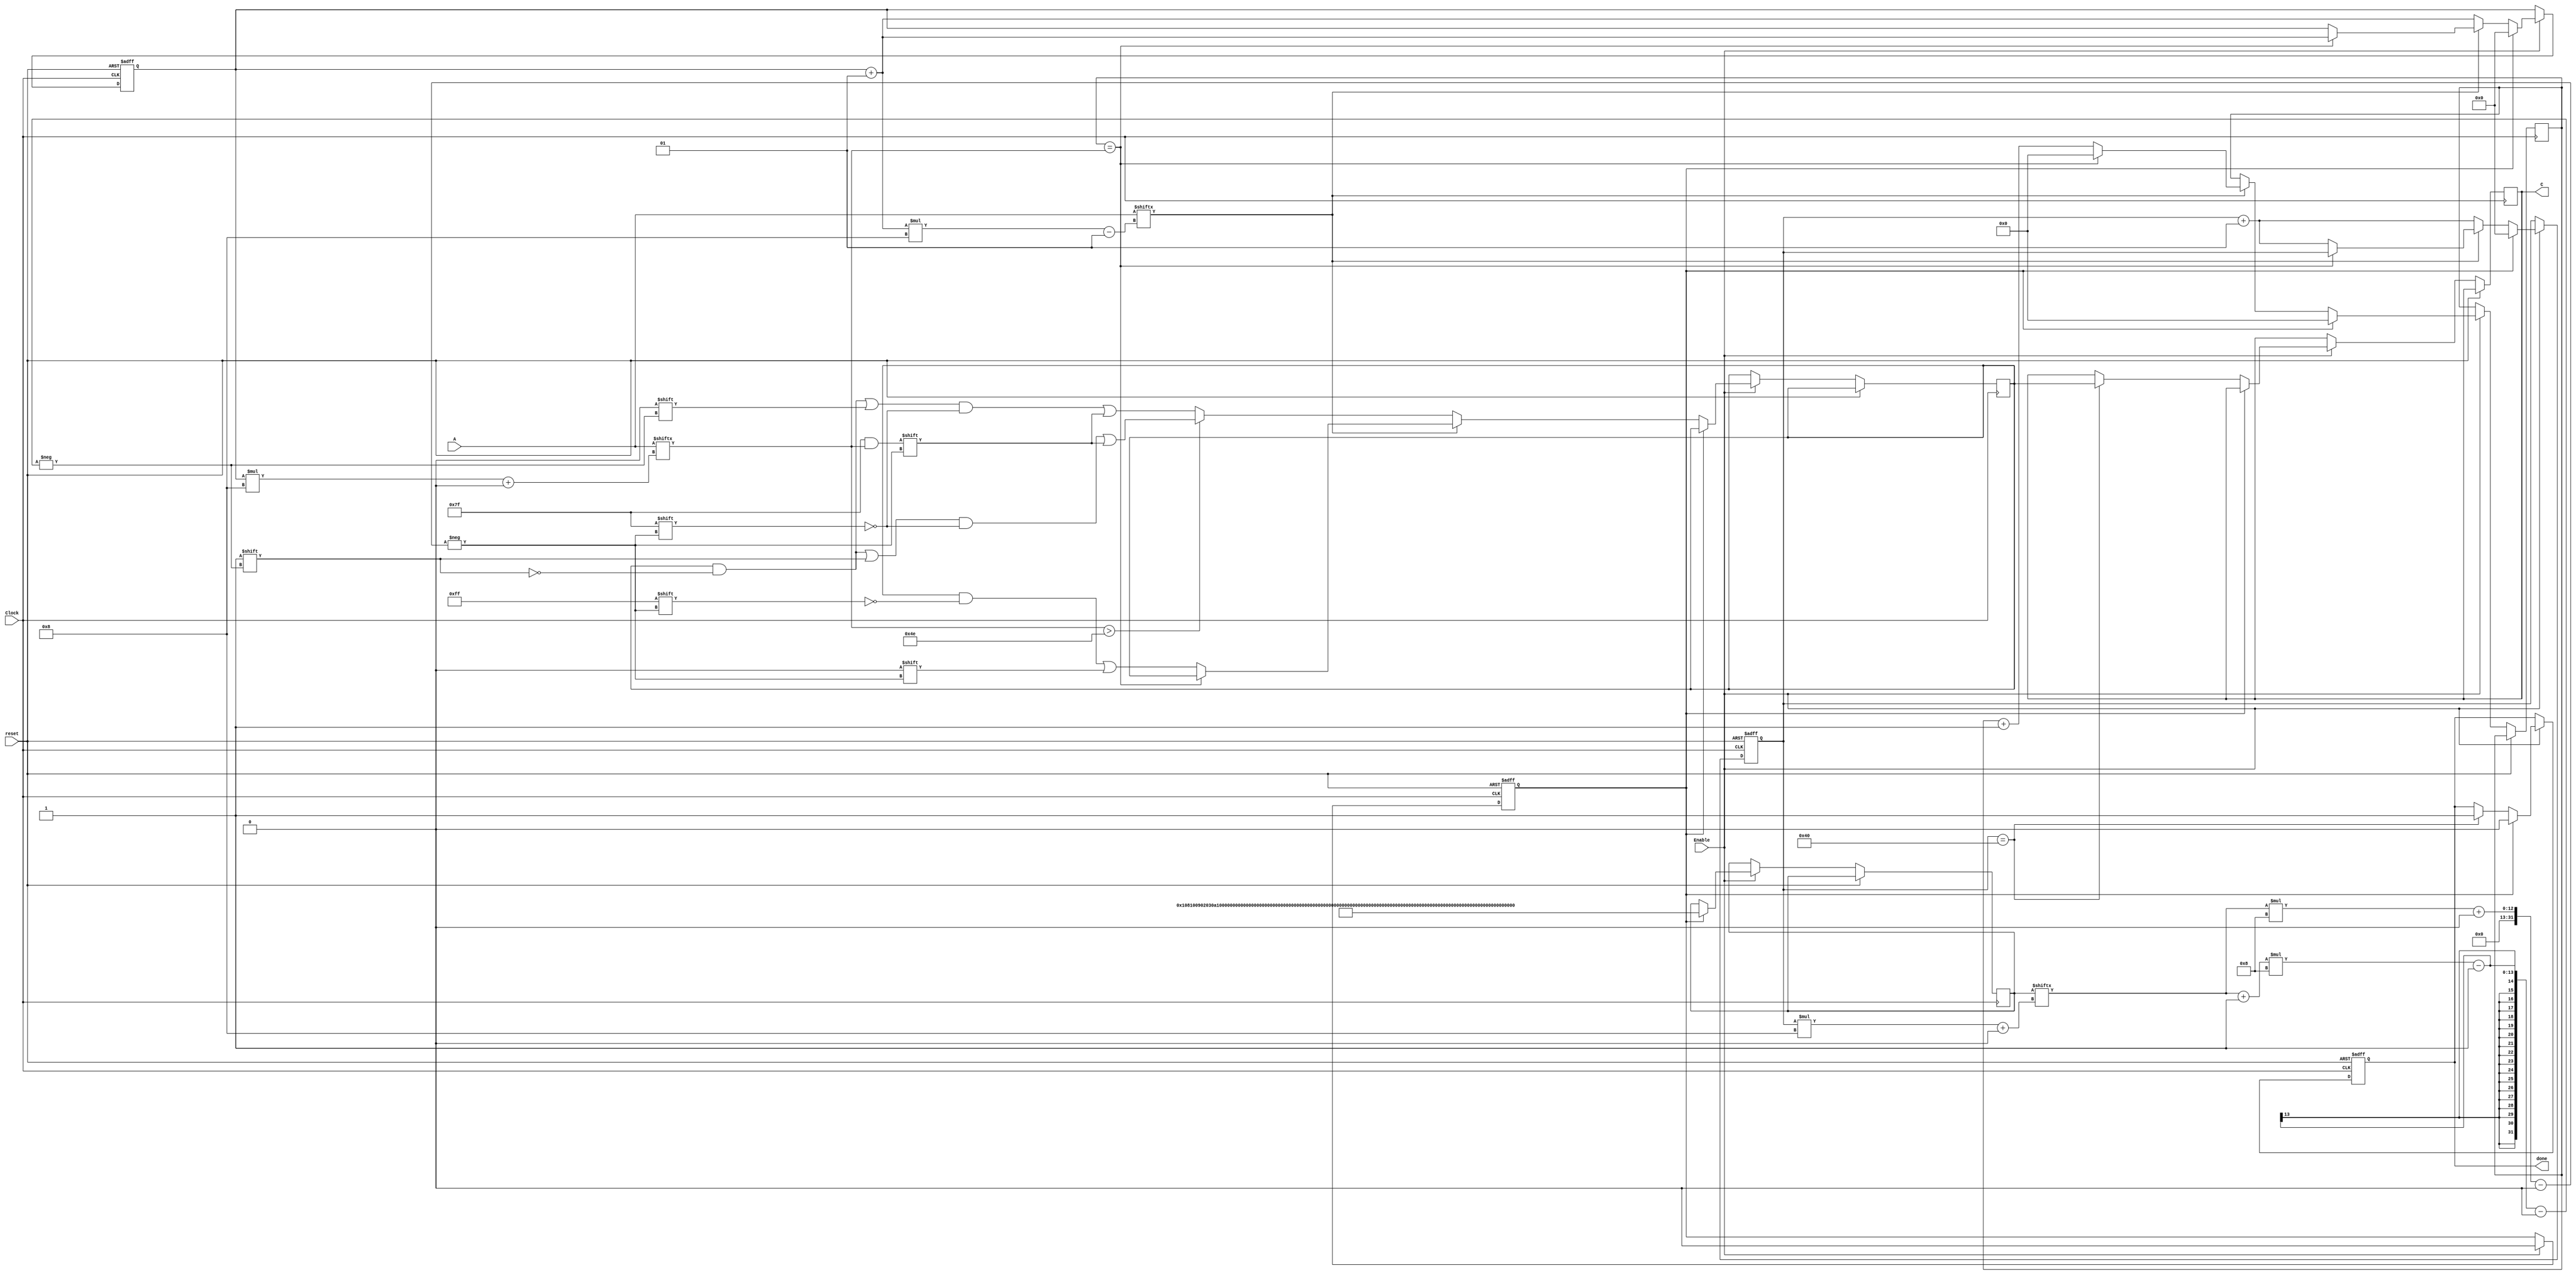
module decoding(input Clock,
        input reset, //active high reset
        input Enable,
        input [511:0] A, //Input matrix in 1D form 
        output reg [511:0] C, //Output decoded string
        output reg done //To state the testbench that output is ready
        );
reg [511:0] D;
integer i,j,count1,count2;
reg [511:0] B;
reg [6:0] r; 
reg [6:0] loop; 
reg first_cycle; 
always @(posedge Clock or posedge reset)
begin
    if(reset == 1) begin    //Resetting all the parameters to default values when reset is high
        i <= 0;
        j <= 0;
        first_cycle <= 1;
        done <= 0;
        count1<=0;
        count2<=0; 
        r <= 7'd0;
    end
    else begin
        if(Enable==1)
            if(first_cycle==1) begin
                B <= {8'd0,8'd1,8'd8,8'd16,8'd9,8'd2,8'd3,8'd10,
                      8'd17,8'd24,8'd32,8'd25,8'd18,8'd11,8'd4,8'd5,
                      8'd12,8'd19,8'd26,8'd33,8'd40,8'd48,8'd41,8'd34,
                      8'd27,8'd20,8'd13,8'd6,8'd7,8'd14,8'd21,8'd28,
                      8'd35,8'd42,8'd49,8'd56,8'd57,8'd50,8'd43,8'd36,
                      8'd29,8'd22,8'd15,8'd23,8'd30,8'd37,8'd44,8'd51,
                      8'd58,8'd59,8'd52,8'd45,8'd38,8'd31,8'd39,8'd46,
                      8'd53,8'd60,8'd61,8'd54,8'd47,8'd55,8'd62,8'd63};
                //re-initalize registers before the start of decoding
                first_cycle <= 0;
                i <= 0;
                j <= 0;
                done = 0;
                count1=0;
                count2=0;
                r <= 7'd0;
                loop <= 7'd0;
            end
            else if(first_cycle==0) begin
                if(count1 == 64) begin
                    C[511:0] <= D[511:0];
                    done <= 1;
                end
                if(A[((count2+1)*8)-1] == 1) begin
                    r = A[count2*8 +: 7];
                    if(loop==r) begin
                        loop <= 7'd0;
                        count2 = count2 + 1;
                    end
                    else begin
                        loop = loop+1;
                        D[B[count1*8 +: 8]*8 +:8] = 8'd0;
                        count1 = count1 + 1;
                    end
                end
                else if(A[((count2+1)*8)-1] == 0) begin
                    if((A[count2*8 +: 7] > 78)) begin
                        D[((B[count1*8 +: 8]+1)*8)-1] =1'b1; 
                        D[B[count1*8 +: 8]*8 +:7] =  (A[count2*8 +:7]);
                        count1 = count1+1;
                        count2 = count2+1;
                    end
                    else begin
                        D[((B[count1*8 +: 8]+1)*8)-1] =1'b0; 
                        D[B[count1*8 +: 8]*8 +:7] = A[count2*8 +: 7];
                        count1 = count1+1;
                        count2 = count2+1;
                    end
                end
                else begin
                    count1 = count1+1;
                    count2 = count2+1;
                end
            end
    end
end
endmodule